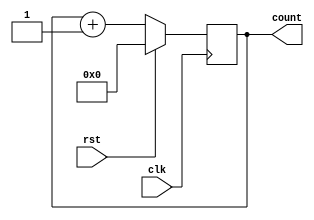
module simple_counter (clk,rst,count);
input clk,rst;
output [31:0] count;
reg [31:0] count;

always @(posedge clk)
begin
  if(rst)
    count = 32'b0;
  else
    count = count+1;  
end

endmodule